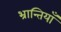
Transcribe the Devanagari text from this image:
भ्रान्तियाँ